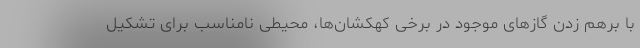
با برهم زدن گازهای موجود در برخی کهکشان‌ها، محیطی نامناسب برای تشکیل